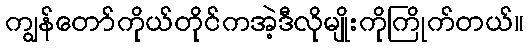
ကျွန်တော်ကိုယ်တိုင်ကအဲ့ဒီလိုမျိုးကိုကြိုက်တယ်။